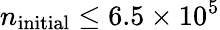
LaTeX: n_{\mathrm{initial}}\leq 6.5\times 10^{5}